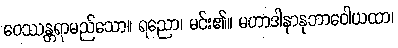
ဝေဿန္တရာမည်သော။ ရညော၊ မင်း၏။ မဟာဒါနာနုဘာဝေါယထာ၊